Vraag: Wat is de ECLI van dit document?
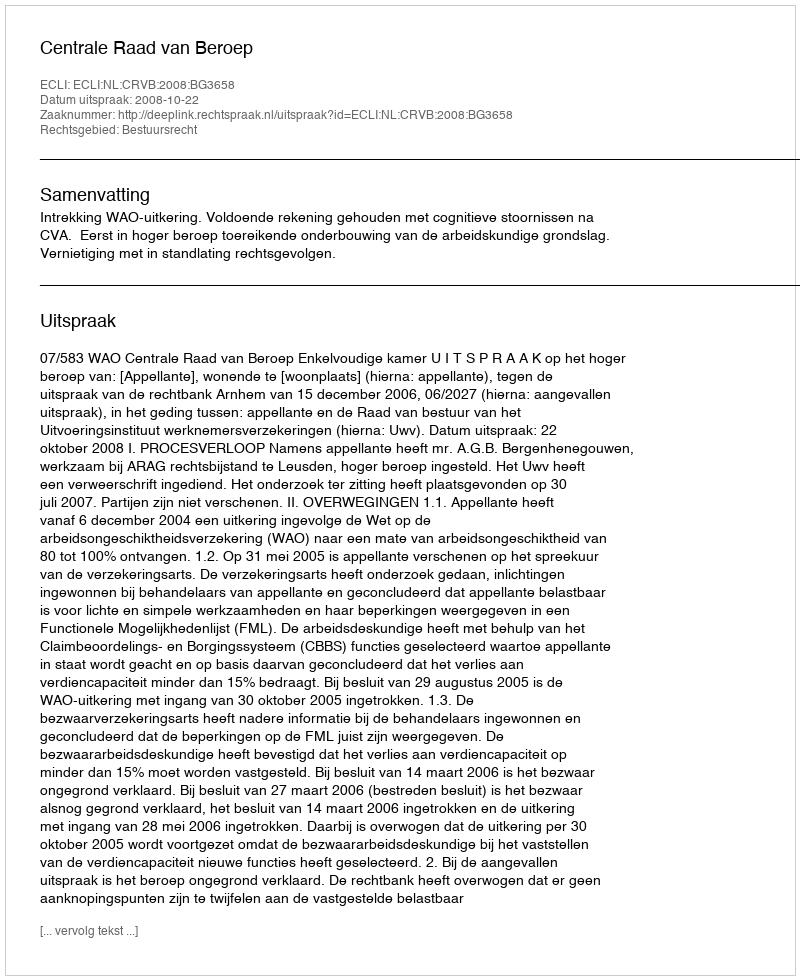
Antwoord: ECLI:NL:CRVB:2008:BG3658